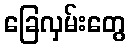
ခြေလှမ်းတွေ